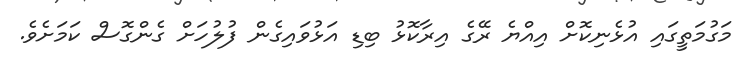
މަގުމަތީގައި އުޅެނިކޮށް އިއްޔެ ރޭގެ އިރާކޮޅު ބިޑި އަޅުވައިގެން ފުލުހަށް ގެންގޮސް ކަމަށެވެ.